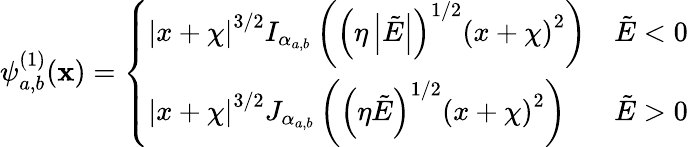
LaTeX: \psi_{a,b}^{(1)}(\mathbf{x})=\left\{ \begin{array}{ll}{{|x+\chi|}^{3/2}I_{\alpha_{a,b}}\left({\left(\eta\left|\tilde{E}\right|\right)}^{1/2}{(x+\chi)}^{2}\right)}&{\tilde{E}<0}\\ {{|x+\chi|}^{3/2}J_{\alpha_{a,b}}\left({\left(\eta\tilde{E}\right)}^{1/2}{(x+\chi)}^{2}\right)}&{\tilde{E}>0}\end{array}\right.